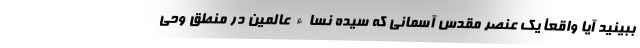
ببینید آیا واقعأ یک عنصر مقدس آسمانی که سیده نساء عالمین در منطق وحی